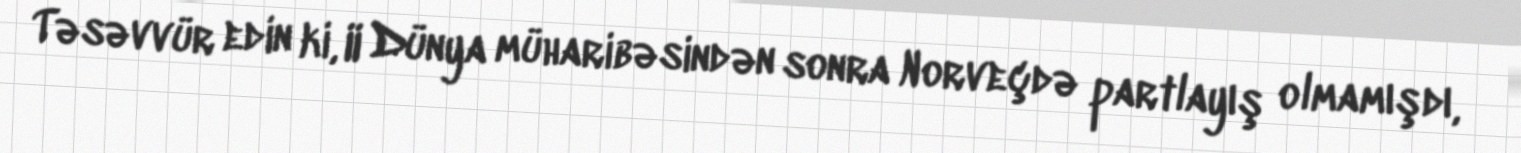
Təsəvvür edin ki, II Dünya müharibəsindən sonra Norveçdə partlayış olmamışdı,